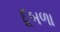
દૂબળા